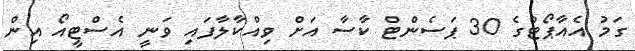
ގަމު އެއާޕޯޓްގެ 30 ޕަސެންޓް ކާސާ އަށް ވިއްކާލާފައި ވަނީ އެސްޓީއޯ އިން